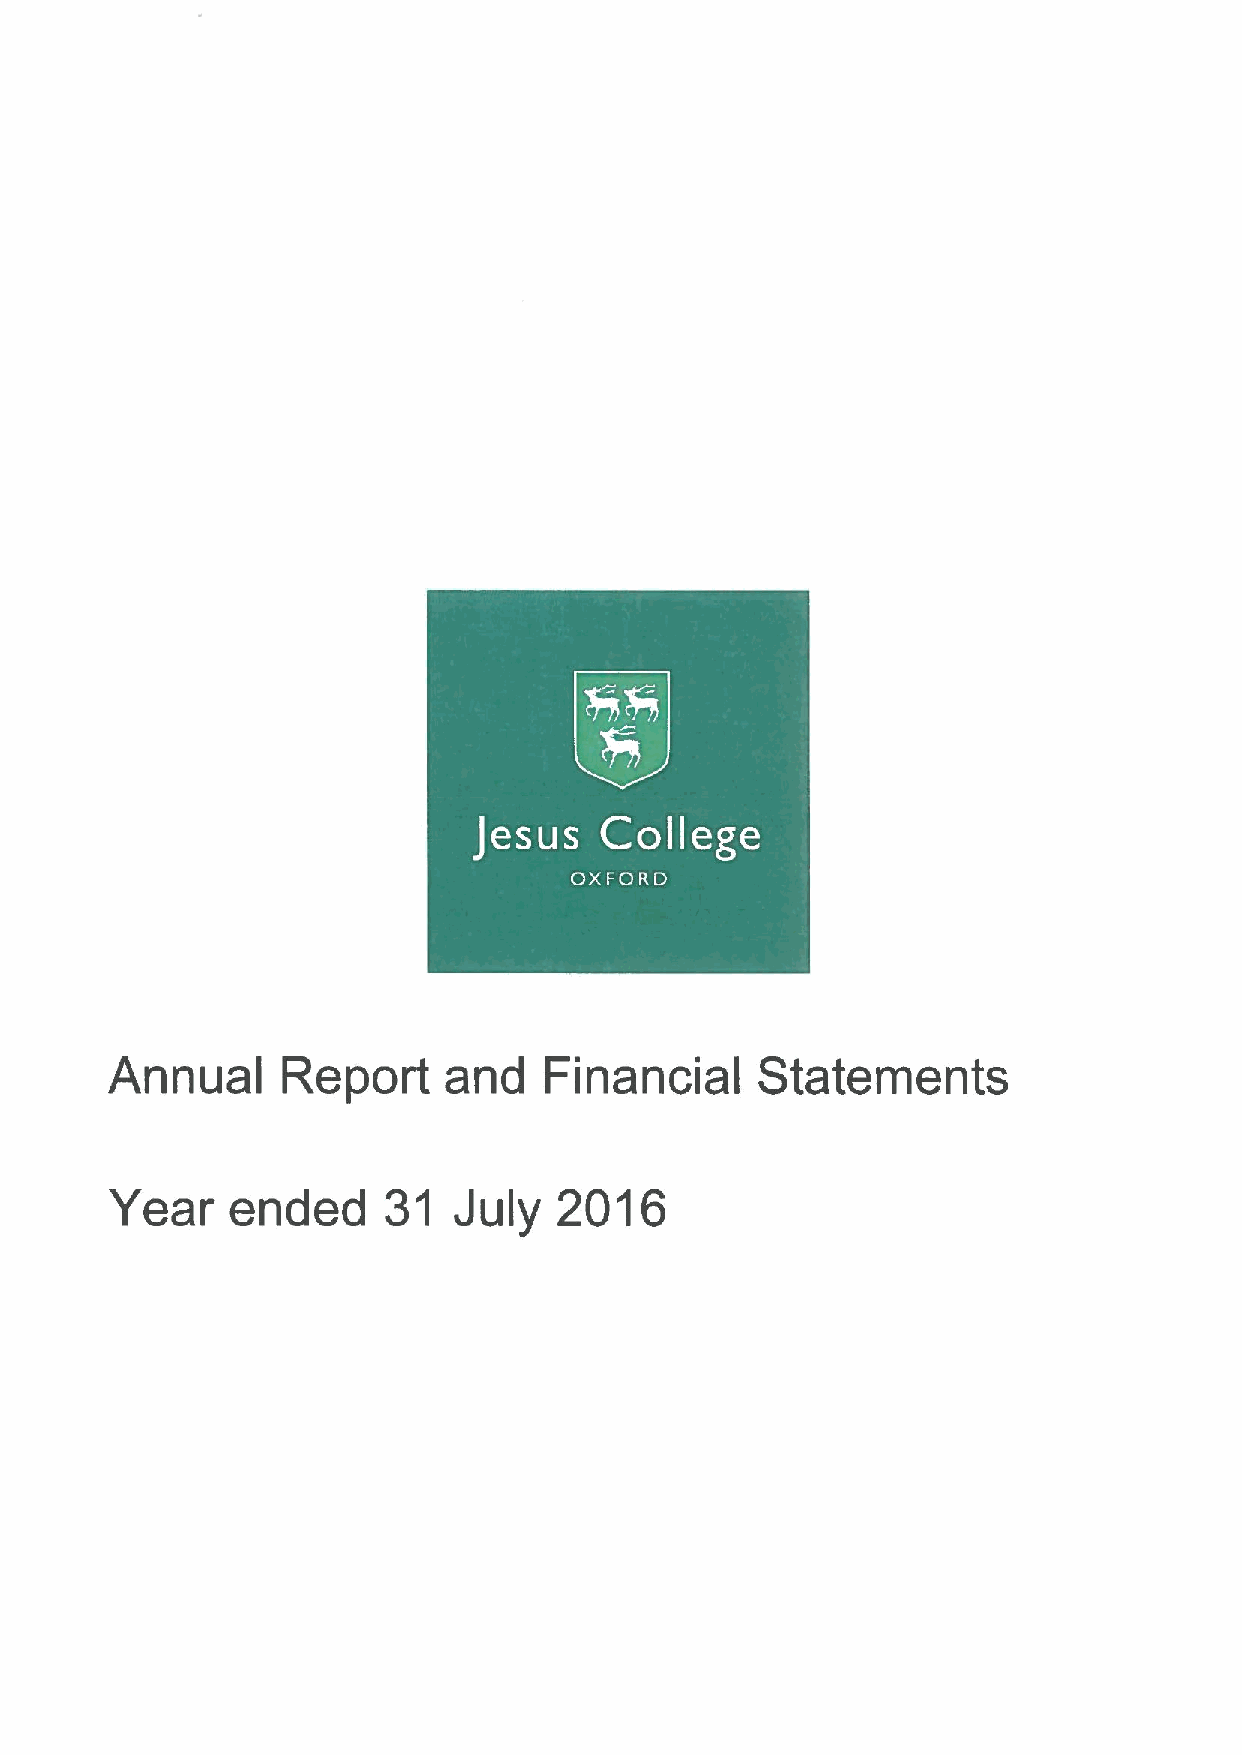
Annual      Report    and    Financial     Statements
 Year    ended     31   July   2016